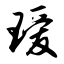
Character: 瑷